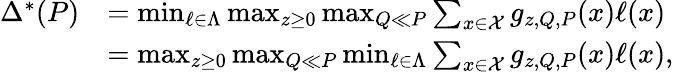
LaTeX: \begin{array}{rl}{\Delta^{*}(P)}&{=\operatorname*{min}_{\ell\in\Lambda}\operatorname*{max}_{z\geq 0}\operatorname*{max}_{Q\ll P}\sum_{x\in\mathcal{X}}g_{z,Q,P}(x)\ell(x)}\\ &{=\operatorname*{max}_{z\geq 0}\operatorname*{max}_{Q\ll P}\operatorname*{min}_{\ell\in\Lambda}\sum_{x\in\mathcal{X}}g_{z,Q,P}(x)\ell(x),}\end{array}